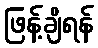
ဖြန့်ချိရန်